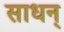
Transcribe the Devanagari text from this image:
साधन्